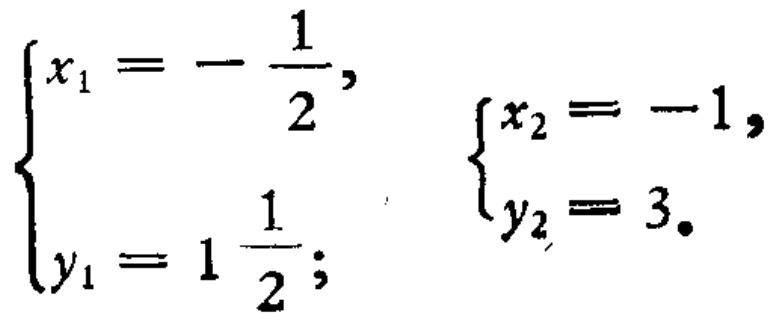
$\begin{cases}
x_{1}=-\frac{1}{2}, \\
y_{1}=1\frac{1}{2} ;
\end{cases}$ $\begin{cases}
x_{2}=-1, \\
y_{2}=3 .
\end{cases}$